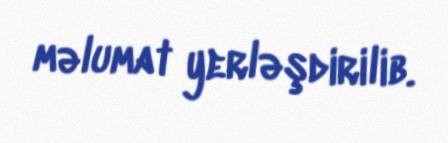
məlumat yerləşdirilib.